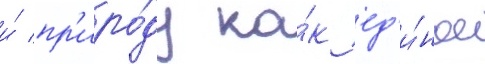
и́ пр'иро́ду ка́к ед'и́ное